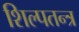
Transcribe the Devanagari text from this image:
शिल्पतन्त्र